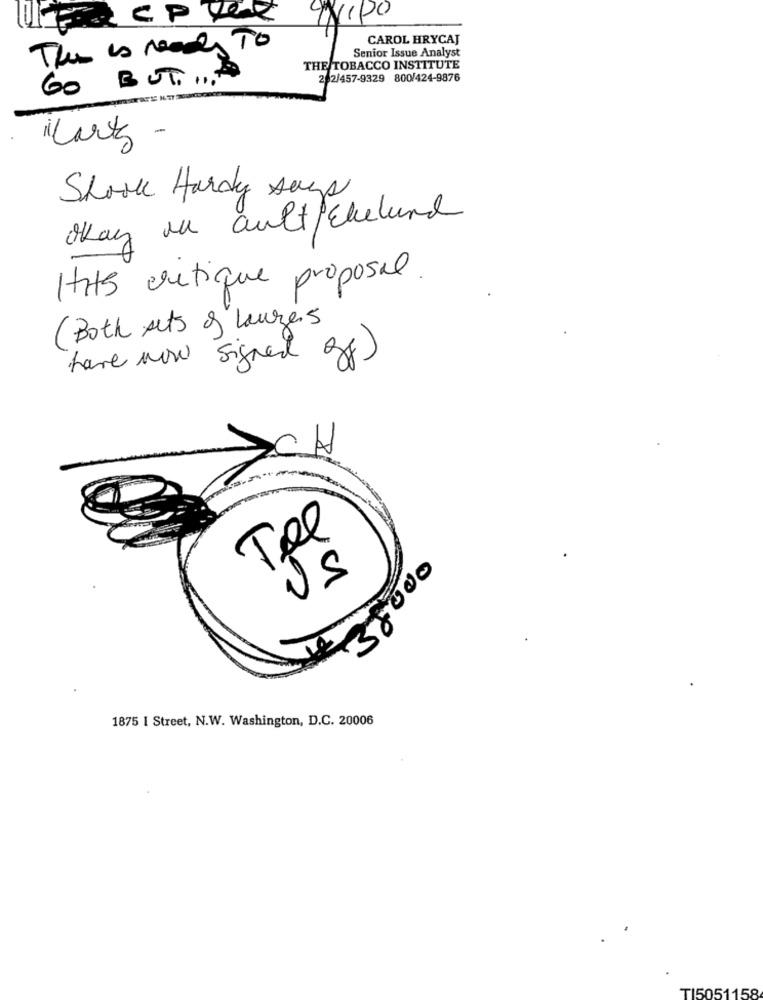
CAROL HRYCAJ
This is ready To
Senior Issue Analyst
THE TOBACCO INSTITUTE
GO BUT ....
2 2/457-9329 800/424-9876
Shork Hardy says
Okay an ault/Ekelund
Hits critique proposal.
( Both Acts of lauzes
have now signed gf)
>CH
Tel
5
38000
1875 I Street, N.W. Washington, D.C. 20006
TI5051158